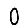
Digit: 0